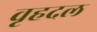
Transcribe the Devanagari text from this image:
वृहदल